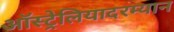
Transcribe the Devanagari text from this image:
ऑस्ट्रेलियादरम्यान